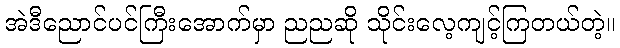
အဲဒီညောင်ပင်ကြီးအောက်မှာ ညညဆို သိုင်းလေ့ကျင့်ကြတယ်တဲ့။